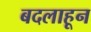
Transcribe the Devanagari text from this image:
बदलाहून